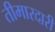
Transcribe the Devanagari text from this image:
तीमारदारी